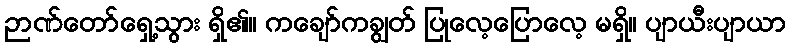
ဉာဏ်တော်ရှေ့သွား ရှိ၏။ ကချော်ကချွတ် ပြုလေ့ပြောလေ့ မရှိ။ ပျာယီးပျာယာ